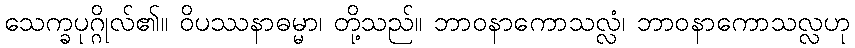
သေက္ခပုဂ္ဂိုလ်၏။ ဝိပဿနာဓမ္မာ၊ တို့သည်။ ဘာဝနာကောသလ္လံ၊ ဘာဝနာကောသလ္လဟု